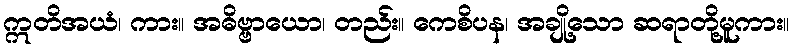
ဣတိအယံ၊ ကား။ အဓိဗ္ဗာယော၊ တည်း။ ကေစိပန၊ အချို့သော ဆရာတို့မူကား။